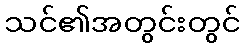
သင်၏အတွင်းတွင်